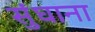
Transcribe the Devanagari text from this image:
सुंघाना